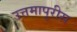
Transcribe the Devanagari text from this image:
उत्तमापुरीस